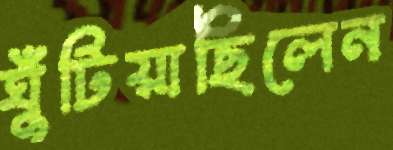
ঘুঁটিয়াছিলেন